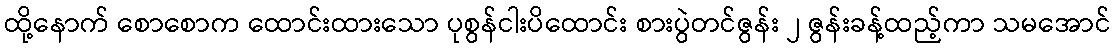
ထို့နောက် စောစောက ထောင်းထားသော ပုစွန်ငါးပိထောင်း စားပွဲတင်ဇွန်း ၂ ဇွန်းခန့်ထည့်ကာ သမအောင်